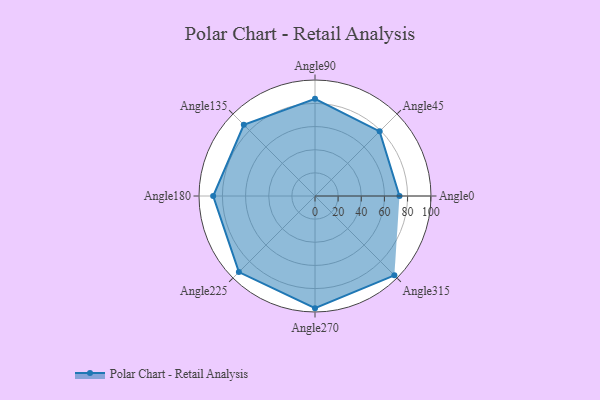
{"axis": {"x": "Angle", "y": "Radius"}, "legend": [""], "data": [{"x": "Angle0", "y": 73.0, "type": ""}, {"x": "Angle45", "y": 79.0, "type": ""}, {"x": "Angle90", "y": 84.0, "type": ""}, {"x": "Angle135", "y": 87.0, "type": ""}, {"x": "Angle180", "y": 88.0, "type": ""}, {"x": "Angle225", "y": 93.0, "type": ""}, {"x": "Angle270", "y": 97.0, "type": ""}, {"x": "Angle315", "y": 97.0, "type": ""}]}